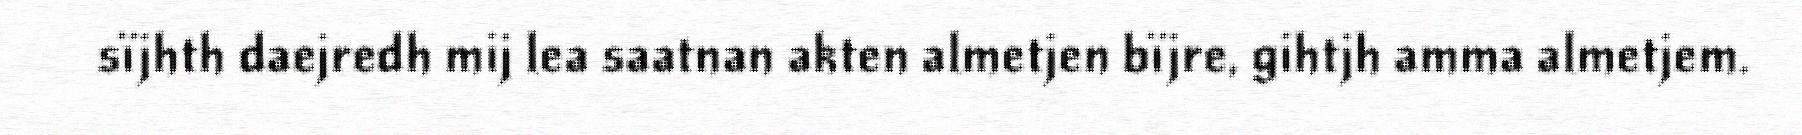
sïjhth daejredh mij lea saatnan akten almetjen bïjre, gihtjh amma almetjem.